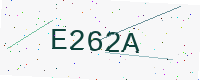
Text: E262A